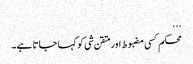
...
محکم کسی مضبوط اور متقن شی کو کہا جاتا ہے۔